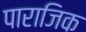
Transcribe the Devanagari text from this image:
पाराजिक